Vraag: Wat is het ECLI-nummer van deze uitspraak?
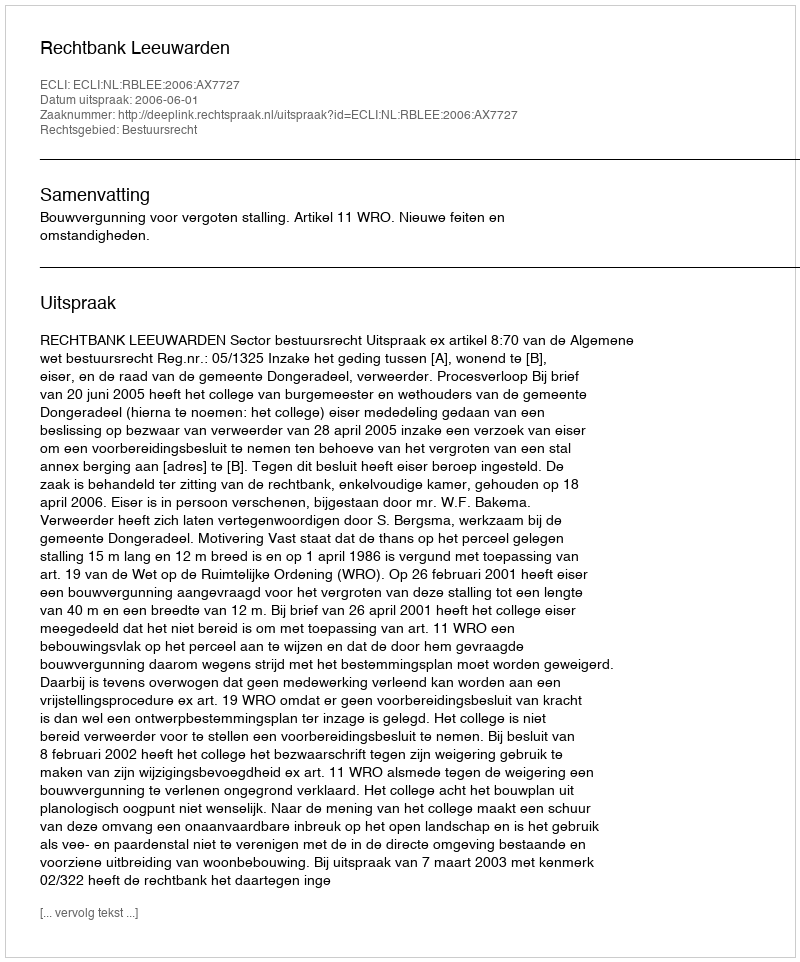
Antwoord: ECLI:NL:RBLEE:2006:AX7727